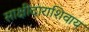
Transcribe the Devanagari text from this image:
साक्षीदाराशिवाय